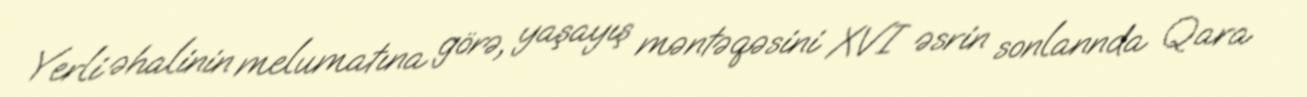
Yerli əhalinin melumatına görə, yaşayış məntəqəsini XVI əsrin sonlannda Qara